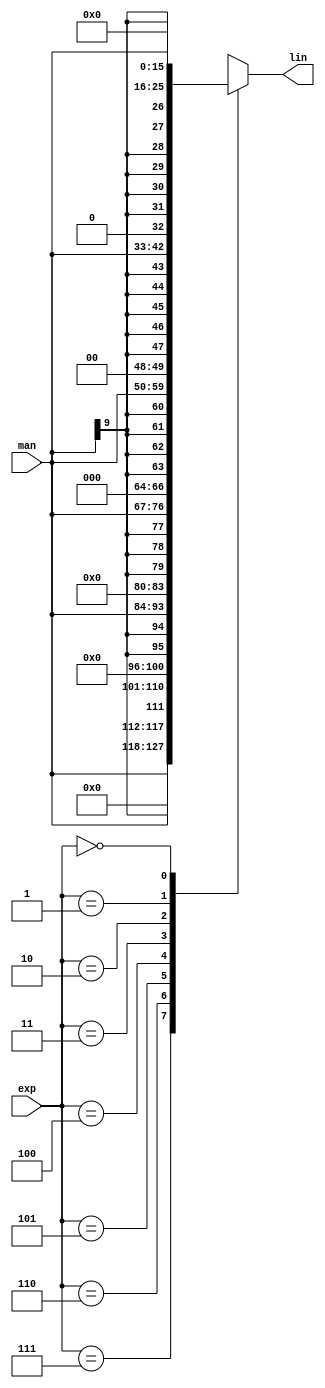
/*  This file is part of JT51.

    JT51 is free software: you can redistribute it and/or modify
    it under the terms of the GNU General Public License as published by
    the Free Software Foundation, either version 3 of the License, or
    (at your option) any later version.

    JT51 is distributed in the hope that it will be useful,
    but WITHOUT ANY WARRANTY; without even the implied warranty of
    MERCHANTABILITY or FITNESS FOR A PARTICULAR PURPOSE.  See the
    GNU General Public License for more details.

    You should have received a copy of the GNU General Public License
    along with JT51.  If not, see <http://www.gnu.org/licenses/>.
	
	Author: Jose Tejada Gomez. Twitter: @topapate
	Version: 1.0
	Date: 27-10-2016
	*/

`timescale 1ns / 1ps

module jt51_exp2lin(
  output	reg signed 	[15:0] 	lin,
  input 		signed	[9:0] 	man,
  input			[2:0] 	exp
);

always @(*) begin
	case( exp )
		3'd7: lin = { man, 6'b0 };
		3'd6: lin = { {1{man[9]}}, man, 5'b0 };
		3'd5: lin = { {2{man[9]}}, man, 4'b0 };
		3'd4: lin = { {3{man[9]}}, man, 3'b0 };
		3'd3: lin = { {4{man[9]}}, man, 2'b0 };
		3'd2: lin = { {5{man[9]}}, man, 1'b0 };
		3'd1: lin = { {6{man[9]}}, man };
		3'd0: lin = 16'd0;		
	endcase	
end

endmodule